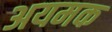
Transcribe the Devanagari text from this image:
अयमक